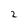
Character: 2